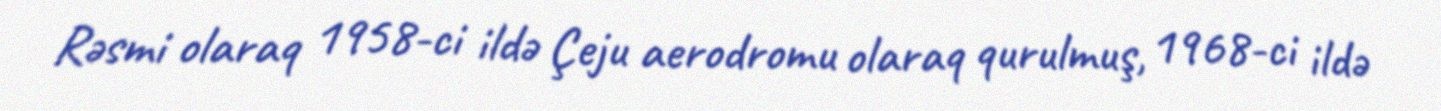
Rəsmi olaraq 1958-ci ildə Çeju aerodromu olaraq qurulmuş, 1968-ci ildə